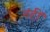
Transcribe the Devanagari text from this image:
नंहीं